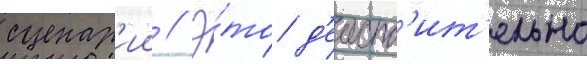
сценар'ии // Э́то д'еиств'ит'ельно